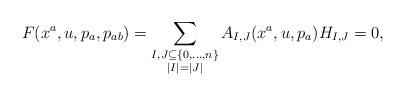
LaTeX: \begin{align*} F(x^a,u,p_a,p_{ab}) = \sum_{\substack{I, J \subseteq \{0,\ldots,n\} \\ |I|=|J|}} A_{I,J}(x^a,u,p_a) H_{I,J} = 0 ,\end{align*}